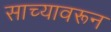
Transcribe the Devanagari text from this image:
साच्यावरून